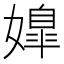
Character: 𡠖